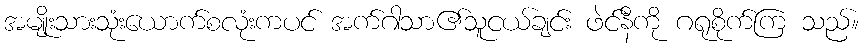
အမျိုးသားသုံးယောက်စလုံးကပင် အက်ဂါသာ၏သူငယ်ချင်း ဖဲင်နီကို ဂရုစိုက်ကြ သည်။